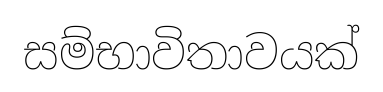
සම්භාවිතාවයක්